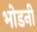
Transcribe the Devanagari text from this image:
भोडनी